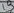
Text: 13